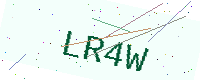
Text: LR4W